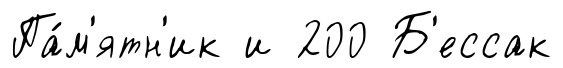
Па́м'ятн'ик и 200 Б'ессак